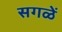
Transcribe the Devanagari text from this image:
सगळें